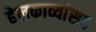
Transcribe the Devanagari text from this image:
हेलकाव्यांसह